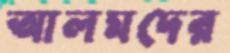
আলমদের